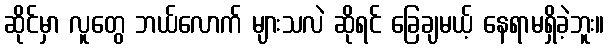
ဆိုင်မှာ လူတွေ ဘယ်လောက် များသလဲ ဆိုရင် ခြေချမယ့် နေရာမရှိခဲ့ဘူး။